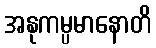
အနုကမ္ပမာနောတိ